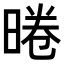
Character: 𭦣